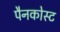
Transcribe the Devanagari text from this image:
पैनकोस्ट